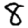
Digit: 8